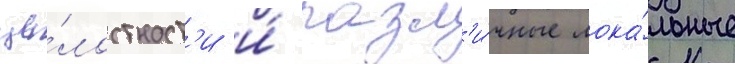
це́лостност'и и́ разл'и́чные лока́льные